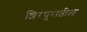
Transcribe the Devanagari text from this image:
शिरपुरातील